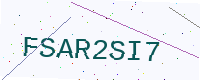
Text: FSAR2SI7